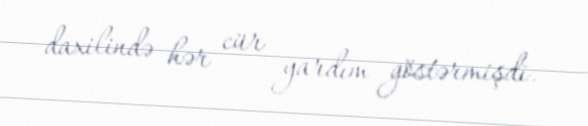
daxilində hər cür yardım göstərmişdi.